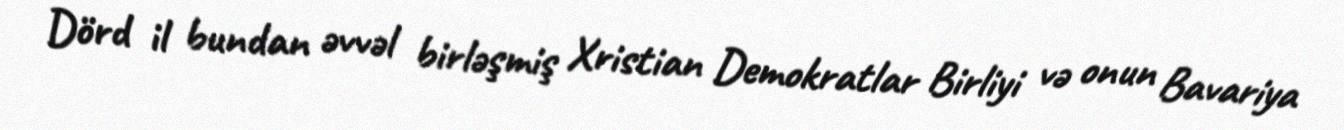
Dörd il bundan əvvəl birləşmiş Xristian Demokratlar Birliyi və onun Bavariya